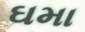
ઘમા